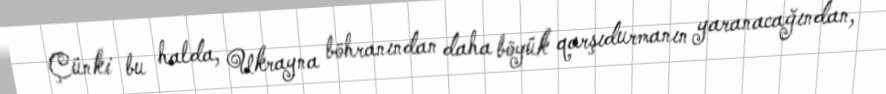
Çünki bu halda, Ukrayna böhranından daha böyük qarşıdurmanın yaranacağından,